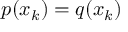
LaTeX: p ( x _ { k } ) = q ( x _ { k } )